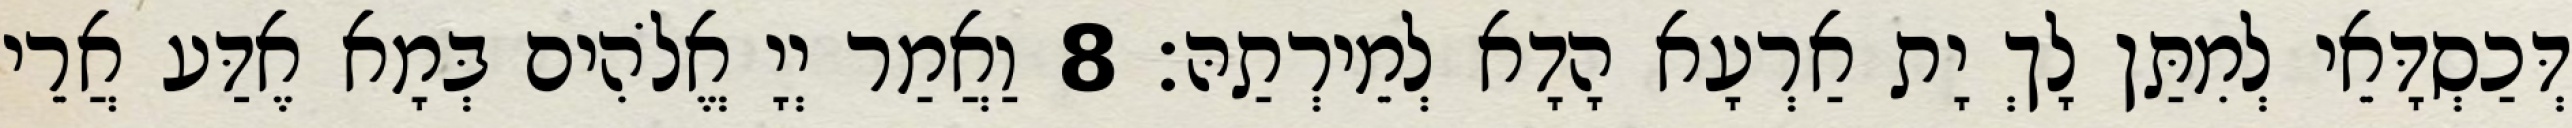
דְּכַסְדָּאֵי לְמִתַּן לָךְ יָת אַרְעָא הָדָא לְמֵירְתַהּ׃ 8 וַאֲמַר יְיָ אֱלֹהִים בְּמָא אֶדַּע אֲרֵי